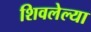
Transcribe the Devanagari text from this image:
शिवलेल्या